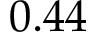
0 . 4 4